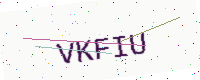
Text: VKFIU